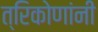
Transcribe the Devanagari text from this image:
त्रिकोणांनी